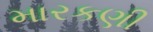
મારકણી